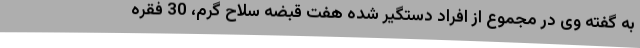
به گفته وی در مجموع از افراد دستگیر شده هفت قبضه سلاح گرم، 30 فقره